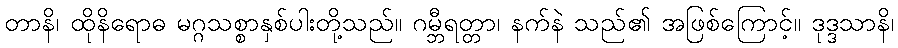
တာနိ၊ ထိုနိရောဓ မဂ္ဂသစ္စာနှစ်ပါးတို့သည်။ ဂမ္ဘီရတ္တာ၊ နက်နဲ သည်၏ အဖြစ်ကြောင့်။ ဒုဒ္ဒသာနိ၊